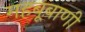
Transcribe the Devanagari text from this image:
महबूबाणी